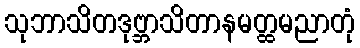
သုဘာသိတဒုဗ္ဘာသိတာနမတ္ထမညာတုံ